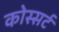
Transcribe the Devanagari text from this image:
कोस्सर्ट